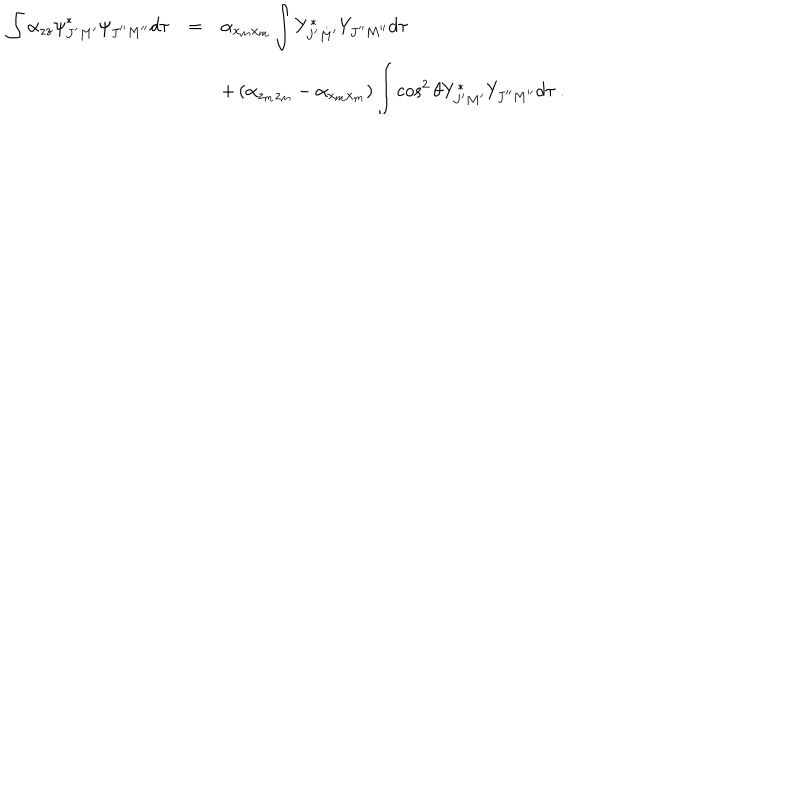
\begin{array} { r c l } { { \displaystyle \int \alpha _ { z z } { \psi } _ { J ^ { \prime } M ^ { \prime } } ^ { \ast } { \psi } _ { J ^ { \prime \prime } M ^ { \prime \prime } } d \tau } } & { { = } } & { { \alpha _ { x _ { m } x _ { m } } \displaystyle \int Y _ { J ^ { \prime } M ^ { \prime } } ^ { \ast } Y _ { J ^ { \prime \prime } M ^ { \prime \prime } } d \tau } } \\ { { } } & { { } } & { { + \left( \alpha _ { z _ { m } z _ { m } } - \alpha _ { x _ { m } x _ { m } } \right) \displaystyle \int \cos ^ { 2 } \theta Y _ { J ^ { \prime } M ^ { \prime } } ^ { \ast } Y _ { J ^ { \prime \prime } M ^ { \prime \prime } } d \tau ~ . } } \\ \end{array}